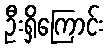
ဦးရှိကြောင်း